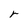
Character: r